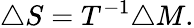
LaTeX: \triangle S=T^{-1}\triangle M.